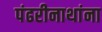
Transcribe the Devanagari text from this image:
पंढरीनाथांना